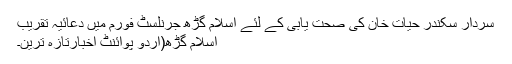
سردار سکندر حیات خان کی صحت یابی کے لئے اسلام گڑھ جرنلسٹ فورم میں دعائیہ تقریب
اسلام گڑھ(اُردو پوائنٹ اخبارتازہ ترین۔